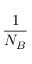
\frac { 1 } { N _ { B } }